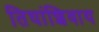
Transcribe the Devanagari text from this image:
तिघांशिवाय